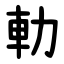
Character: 䡃